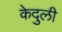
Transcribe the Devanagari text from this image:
केदुली